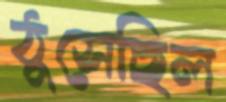
ঠুসেছিল